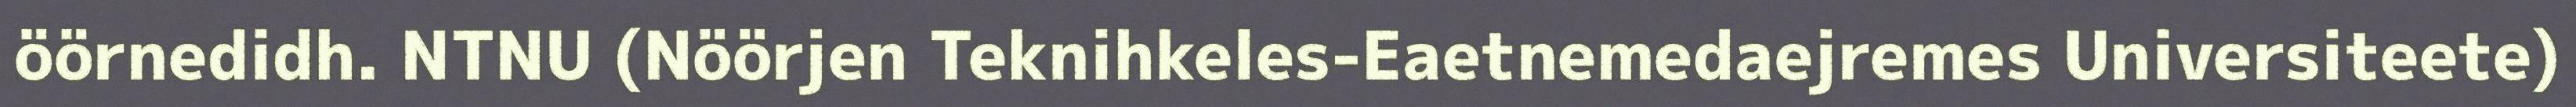
öörnedidh. NTNU (Nöörjen Teknihkeles-Eaetnemedaejremes Universiteete)